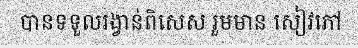
បានទទួលរង្វាន់ពិសេស រួមមាន សៀវភៅ